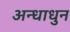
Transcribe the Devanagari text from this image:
अन्धाधुन